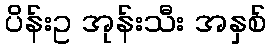
ပိန်းဥ အုန်းသီး အနှစ်